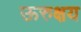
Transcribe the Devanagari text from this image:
ऊरुक्षय